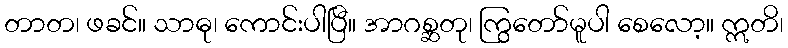
တာတ၊ ဖခင်။ သာဓု၊ ကောင်းပါပြီ။ အာဂစ္ဆတု၊ ကြွတော်မူပါ စေလော့။ ဣတိ၊